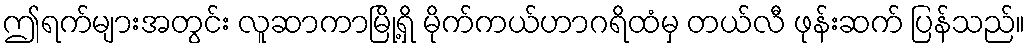
ဤရက်များအတွင်း လူဆာကာမြို့ရှိ မိုက်ကယ်ဟာဂရိထံမှ တယ်လီ ဖုန်းဆက် ပြန်သည်။